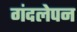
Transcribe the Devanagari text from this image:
गंदलेपन